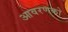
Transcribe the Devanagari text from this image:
आवरणको